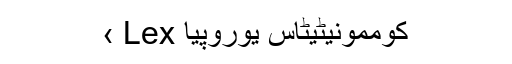
کوممونیٹیٹاس یوروپیا Lex ›